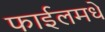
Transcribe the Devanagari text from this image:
फाईलमधे